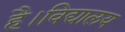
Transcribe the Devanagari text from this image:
है।विद्यालय